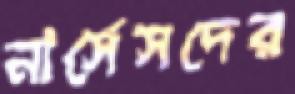
নার্সেসদের